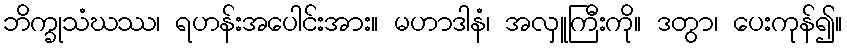
ဘိက္ခုသံဃဿ၊ ရဟန်းအပေါင်းအား။ မဟာဒါနံ၊ အလှူကြီးကို။ ဒတွာ၊ ပေးကုန်၍။